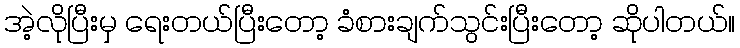
အဲ့လိုပြီးမှ ရေးတယ်ပြီးတော့ ခံစားချက်သွင်းပြီးတော့ ဆိုပါတယ်။